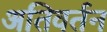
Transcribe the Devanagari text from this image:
अतिवर्तन